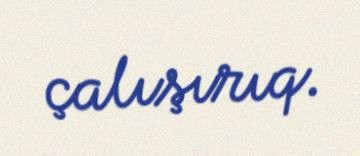
çalışırıq.